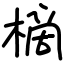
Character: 樀